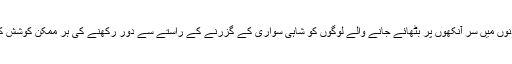
الیکشن کے دنوں میں سر آنکھوں پر بٹھائے جانے والے لوگوں کو شاہی سواری کے گزرنے کے راستے سے دور رکھنے کی ہر ممکن کوشش کی جاتی ہے۔